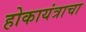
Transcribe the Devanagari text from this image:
होकायंत्राचा